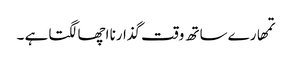
تمھارے ساتھ وقت گذارنا اچھا لگتا ہے ۔